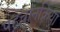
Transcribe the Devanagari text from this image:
पहचानक्रिया